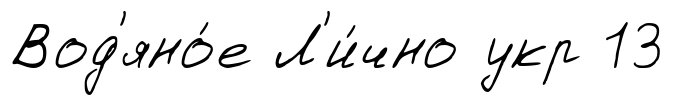
Вод'яно́е Л'и́чно укр 13